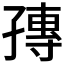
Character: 𡦕